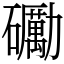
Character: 𥗠